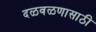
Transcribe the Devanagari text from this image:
दळवळणासाठी